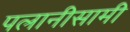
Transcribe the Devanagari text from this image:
पलानीसामी